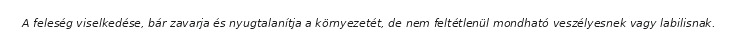
A feleség viselkedése, bár zavarja és nyugtalanítja a környezetét, de nem feltétlenül mondható veszélyesnek vagy labilisnak.